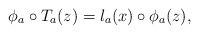
LaTeX: \begin{align*} \phi_a \circ T_a(z) = l_a(x) \circ \phi_a(z), \end{align*}